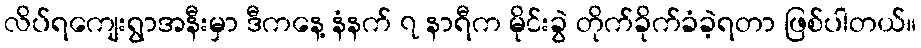
လိပ်ရကျေးရွာအနီးမှာ ဒီကနေ့ နံနက် ၇ နာရီက မိုင်းခွဲ တိုက်ခိုက်ခံခဲ့ရတာ ဖြစ်ပါတယ်။